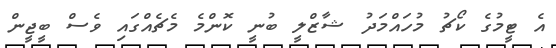
އެ ޓީމުގެ ކޯޗު މުހައްމަދު ޝާޒްލީ ބުނީ ކޮންމެ މެޗެއްގައި ވެސް ބީޖީން